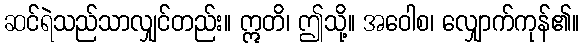
ဆင်ရဲသည်သာလျှင်တည်း။ ဣတိ၊ ဤသို့။ အဝေါစ၊ လျှောက်ကုန်၏။